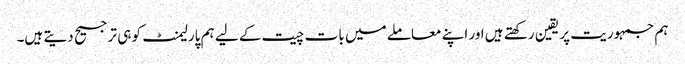
ہم جمہوریت پر یقین رکھتے ہیں اور اپنے معاملے میں بات چیت کے لیے ہم پارلیمنٹ کو ہی ترجیح دیتے ہیں۔